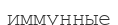
иммунные